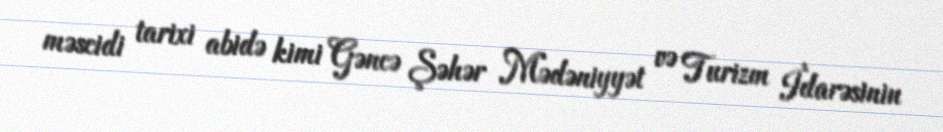
məscidi tarixi abidə kimi Gəncə Şəhər Mədəniyyət və Turizm İdarəsinin